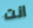
انت